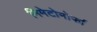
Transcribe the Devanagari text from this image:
निमेटोमोर्फा